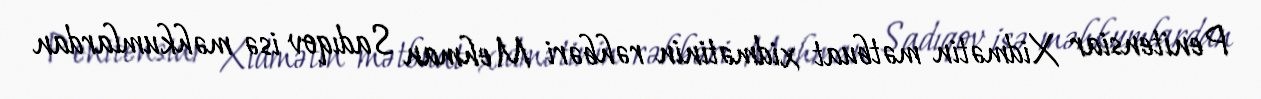
Penitensiar Xidmətin mətbuat xidmətinin rəhbəri Mehman Sadıqov isə məhkumlardan